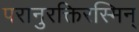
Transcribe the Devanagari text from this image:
परानुरक्तिरस्मिन्‌